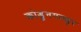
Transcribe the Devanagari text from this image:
कोडुनगल्लुर